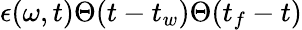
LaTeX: \epsilon(\omega,t)\Theta(t-t_{w})\Theta(t_{f}-t)